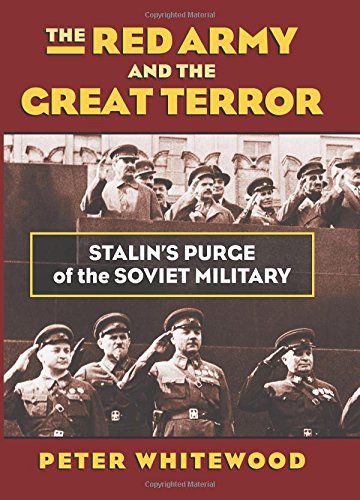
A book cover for The Red Army and the Great Terror: Stalin's Purge of the Soviet Military (Modern War Studies); Peter Whitewood; History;